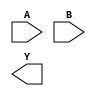
module MYMUL(A, B, Y);
    parameter WIDTH = 1;
    input [WIDTH-1:0] A, B;
    output reg [WIDTH-1:0] Y;

    parameter _TECHMAP_CONSTVAL_A_ = WIDTH'bx;
    parameter _TECHMAP_CONSTVAL_B_ = WIDTH'bx;

    reg _TECHMAP_FAIL_;
    wire [1023:0] _TECHMAP_DO_ = "proc; clean";

    integer i;
    always @* begin
    	_TECHMAP_FAIL_ <= 1;
        for (i = 0; i < WIDTH; i=i+1) begin
            if (_TECHMAP_CONSTVAL_A_ === WIDTH'd1 << i) begin
	        _TECHMAP_FAIL_ <= 0;
                Y <= B << i;
	    end
            if (_TECHMAP_CONSTVAL_B_ === WIDTH'd1 << i) begin
	        _TECHMAP_FAIL_ <= 0;
                Y <= A << i;
	    end
	end
    end
endmodule